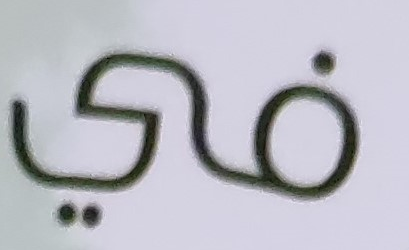
في